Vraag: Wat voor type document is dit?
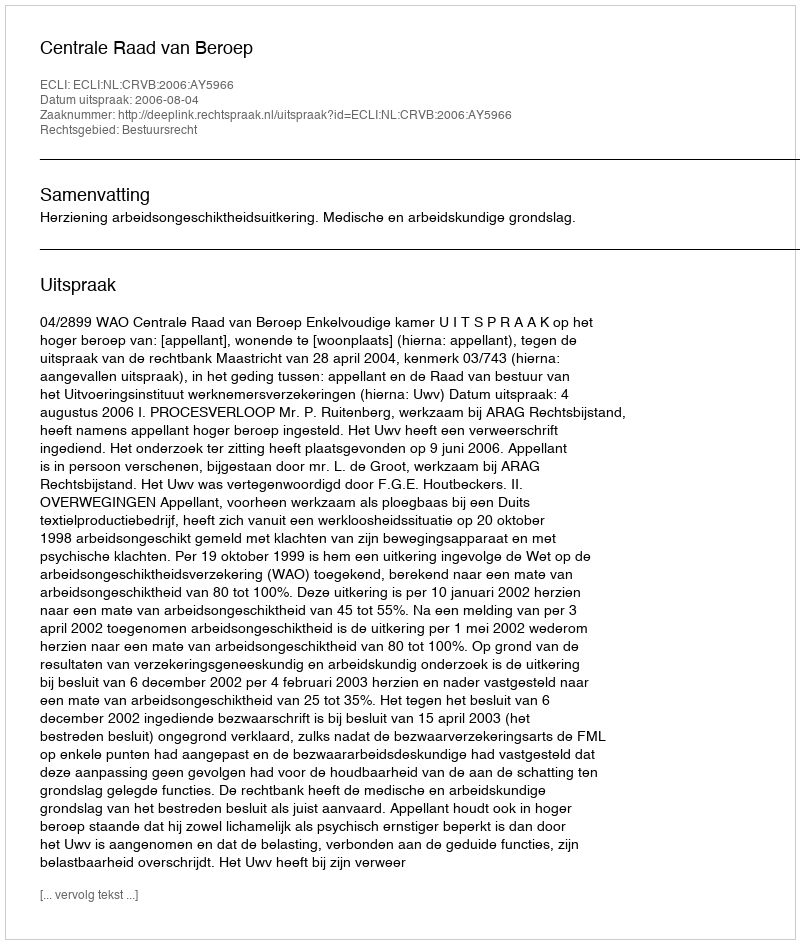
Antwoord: Uitspraak